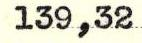
139,32